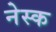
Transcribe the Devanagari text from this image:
नेस्क